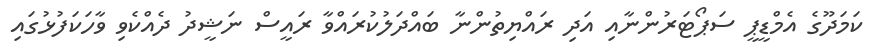
ކަމަދޫގެ އެމްޑީޕީ ސަޕޯޓަރުންނާއި އަދި ރައްޔިތުންނާ ބައްދަލުކުރައްވާ ރައީސް ނަޝީދު ދެއްކެވި ވާހަކަފުޅުގައި